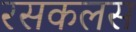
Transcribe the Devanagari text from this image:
रसकलस